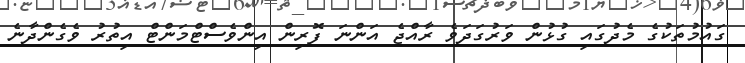
ގައުމުތަކުގެ މެދުގައި ގުޅުން ވަރުގަދަވެ ރާއްޖެ އަންނަ ފޮރިން އިންވެސްޓްމަންޓް އިތުރު ވެގެންދާނެ